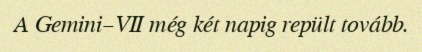
A Gemini–VII még két napig repült tovább.